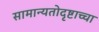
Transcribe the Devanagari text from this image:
सामान्यतोदृष्टाच्चा